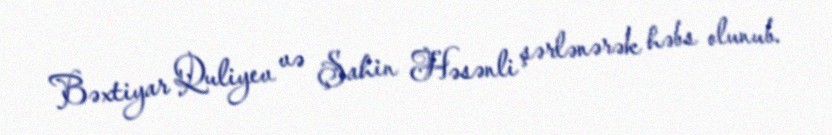
Bəxtiyar Quliyev və Şahin Həsənli şərlənərək həbs olunub.